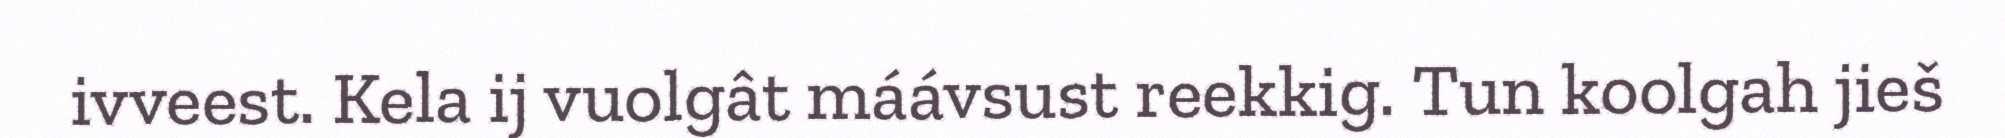
ivveest. Kela ij vuolgât máávsust reekkig. Tun koolgah jieš